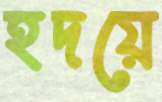
হদয়ে